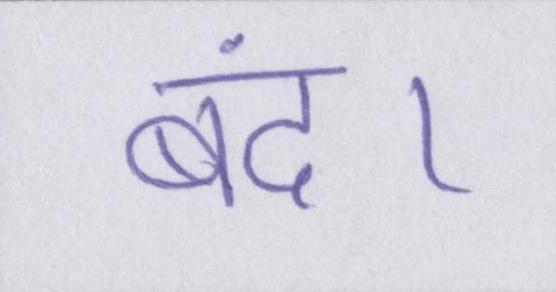
बंद।